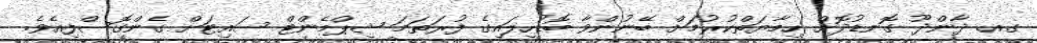
ގއ. ދާންދޫ ގޮނޑުދޮށް ހިމާޔަތްކުރުމަށް ބޭނުންވާ ބޮޑުހިލައިގެ ފުރަތަމަ ޝިޕްމެންޓް ސައިޓަށް ގެންގޮސްފިއެވެ.